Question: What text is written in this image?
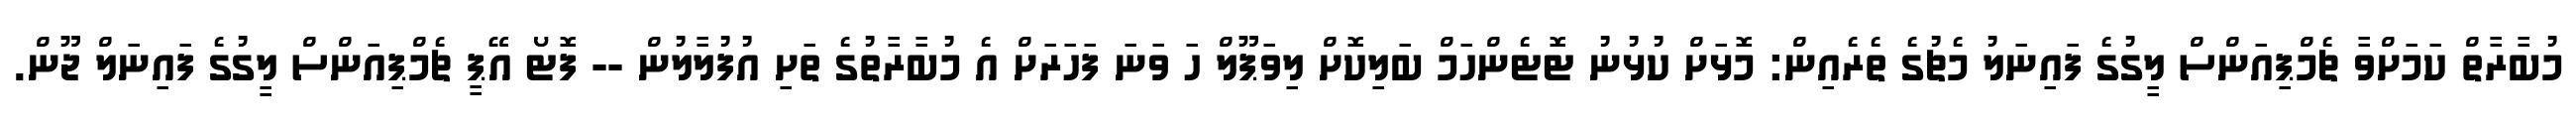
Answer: މުބާރާތް ކަމަށްވާ ޗެމްޕިއަންސް ލީގުގެ ފައިނަލު މެޗުގެ ތެރެއިން: މޮޅަށް ކުޅުނު ޓޮޓެންހަމް ބަލިކޮށް ލިވަޕޫލް ހަ ވަނަ ފަހަރަށް އެ މުބާރާތުގެ ތަށި އުފުލާލުން -- ފޮޓޯ އޭޕީ ޗެމްޕިއަންސް ލީގުގެ ފައިނަލް ޖޫން.